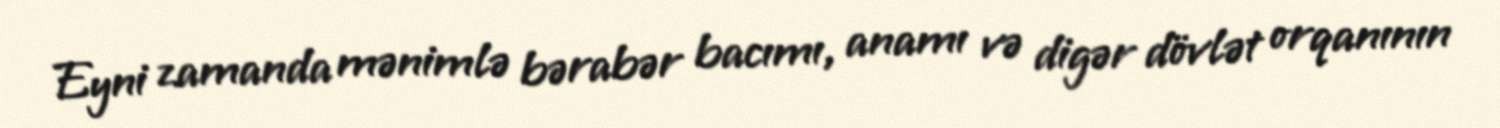
Eyni zamanda mənimlə bərabər bacımı, anamı və digər dövlət orqanının